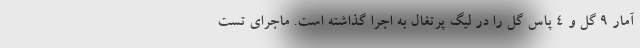
آمار 9 گل و 4 پاس گل را در لیگ پرتغال به اجرا گذاشته است. ماجرای تست